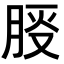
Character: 𪱠